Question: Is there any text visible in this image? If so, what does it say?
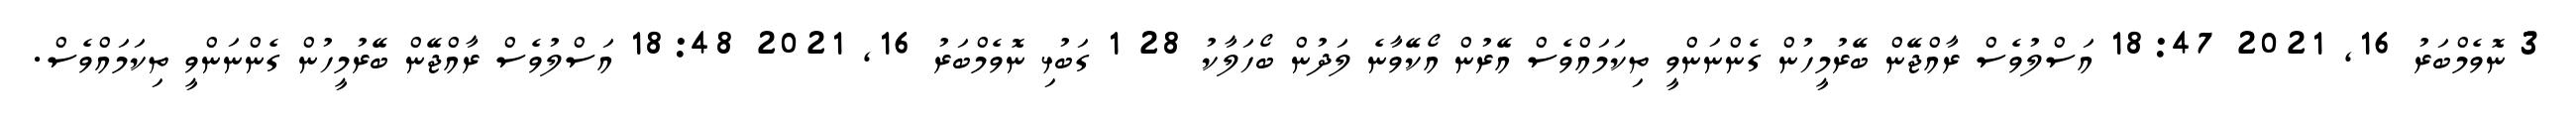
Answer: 3 ނޮވެމްބަރު 16, 2021 18:47 އަސްލުވެސް ރާއްޖޭން ބޭރުމީހުން ގެންނަންވީ ތިކަމައްވެސް އޭރުން އޯކޭވާނެ ލަދުން ބޯހަލާކު 28 1 ގަބުޅި ނޮވެމްބަރު 16, 2021 18:48 އަސްލުވެސް ރާއްޖޭން ބޭރުމީހުން ގެންނަންވީ ތިކަމައްވެސް.